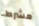
مشرط